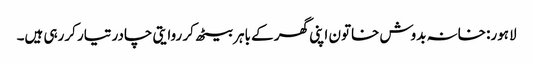
لاہور: خانہ بدوش خاتون اپنی گھر کے باہر بیٹھ کر روایتی چادر تیار کررہی ہیں۔